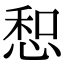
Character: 惒